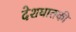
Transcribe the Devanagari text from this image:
देशघातकी